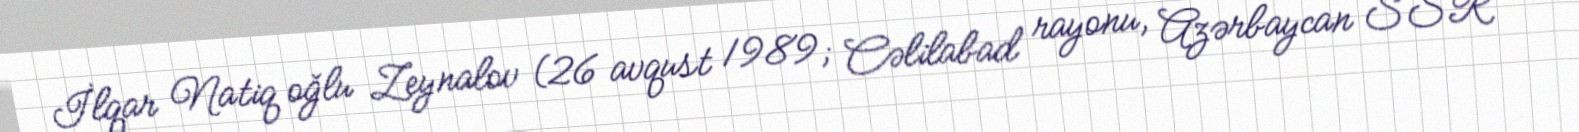
İlqar Natiq oğlu Zeynalov (26 avqust 1989; Cəlilabad rayonu, Azərbaycan SSR —